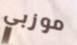
موزبي